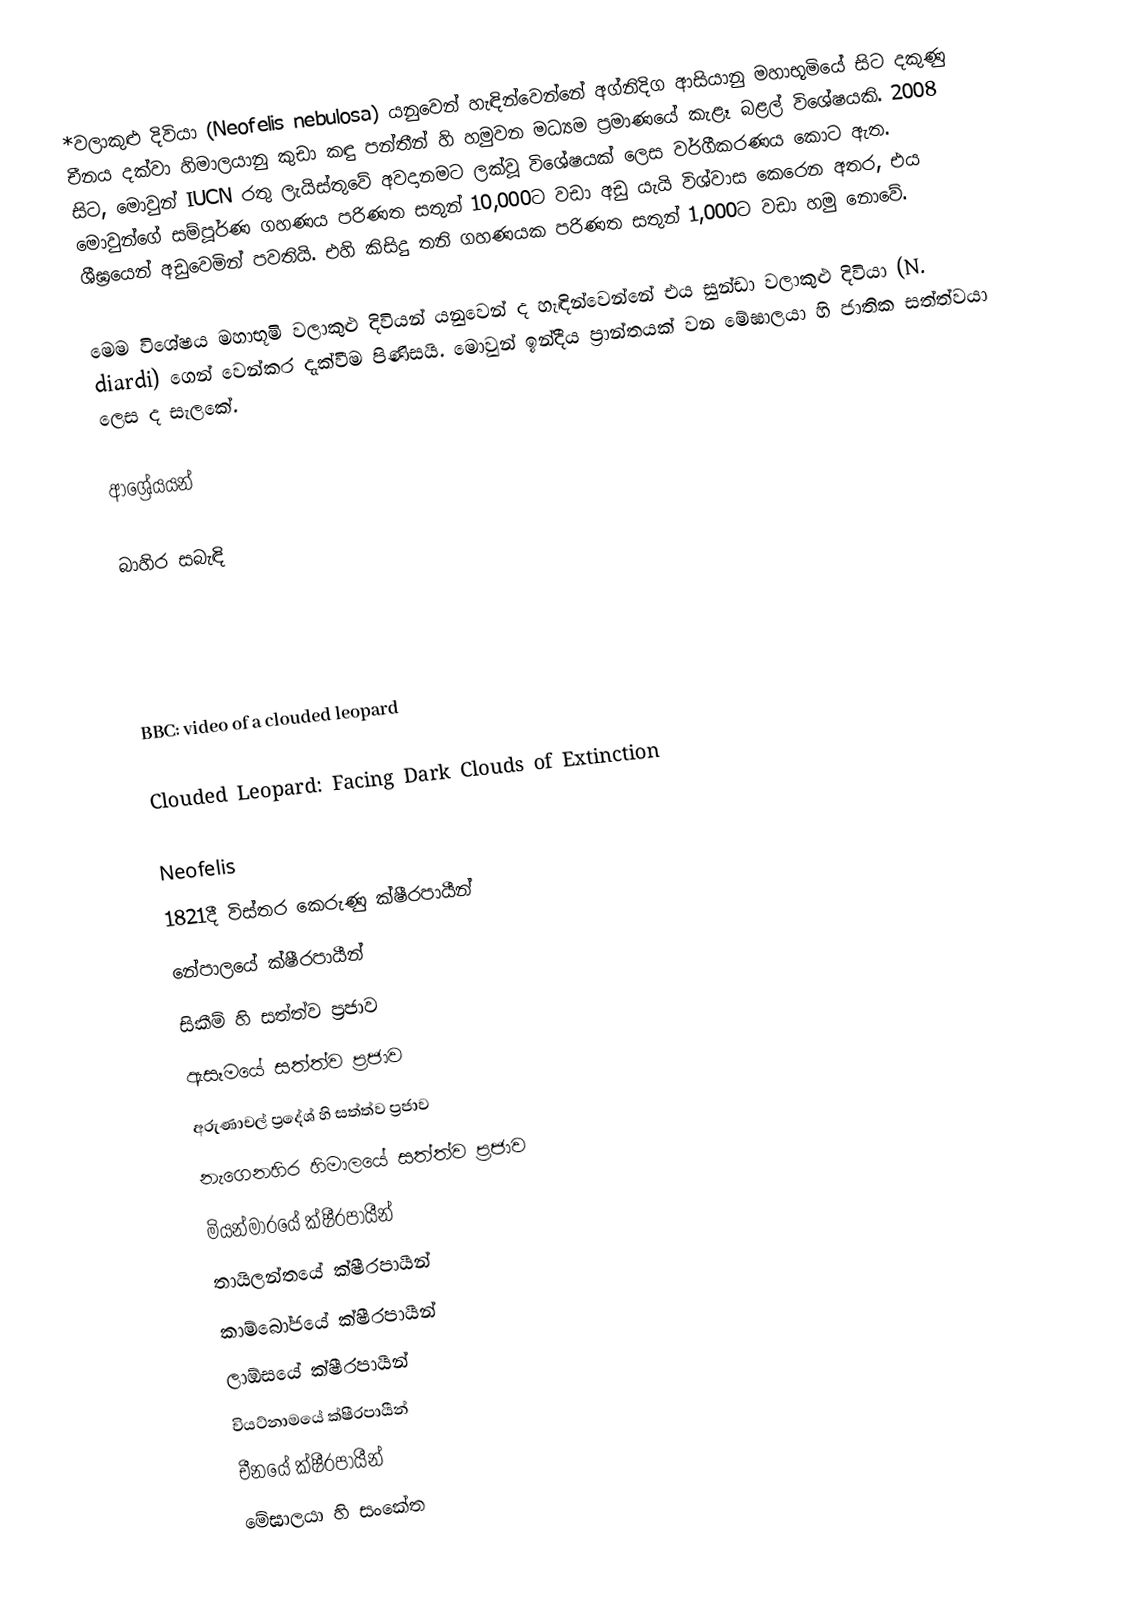
*වලාකුළු දිවියා (Neofelis nebulosa) යනුවෙන් හැඳින්වෙන්නේ අග්නිදිග ආසියානු මහාභූමියේ සිට දකුණු චීනය දක්වා හිමාලයානු කුඩා කඳු පන්තීන් හි හමුවන මධ්‍යම ප්‍රමාණයේ කැළෑ බළල් විශේෂයකි. 2008 සිට, මොවුන් IUCN රතු ලැයිස්තුවේ අවදානමට ලක්වූ විශේෂයක් ලෙස වර්ගීකරණය කොට ඇත. මොවුන්ගේ සම්පූර්ණ ගහණය පරිණත සතුන් 10,000ට වඩා අඩු යැයි විශ්වාස කෙරෙන අතර, එය ශීඝ්‍රයෙන් අඩුවෙමින් පවතියි. එහි කිසිදු තනි ගහණයක පරිණත සතුන් 1,000ට වඩා හමු නොවේ.

මෙම විශේෂය මහාභූමි වලාකුළු දිවියන් යනුවෙන් ද හැඳින්වෙන්නේ එය සුන්ඩා වලාකුළු දිවියා (N. diardi) ගෙන් වෙන්කර දැක්වීම පිණිසයි. මොවුන් ඉන්දීය ප්‍රාන්තයක් වන මේඝාලයා හි ජාතික සත්ත්වයා ලෙස ද සැලකේ.

ආශ්‍රේයයන්

බාහිර සබැඳි

 BBC: video of a clouded leopard

 Clouded Leopard: Facing Dark Clouds of Extinction

Neofelis
1821දී විස්තර කෙරුණු ක්ෂීරපායීන්
නේපාලයේ ක්ෂීරපායීන්
සිකීම් හි සත්ත්ව ප්‍රජාව
ඇසෑමයේ සත්ත්ව ප්‍රජාව
අරුණාචල් ප්‍රදේශ් හි සත්ත්ව ප්‍රජාව
නැගෙනහිර හිමාලයේ සත්ත්ව ප්‍රජාව
මියන්මාරයේ ක්ෂීරපායීන්
තායිලන්තයේ ක්ෂීරපායීන්
කාම්බෝජයේ ක්ෂීරපායීන්
ලාඕසයේ ක්ෂීරපායීන්
වියට්නාමයේ ක්ෂීරපායීන්
චීනයේ ක්ෂීරපායීන්
මේඝාලයා හි සංකේත